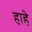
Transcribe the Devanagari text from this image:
हाहे